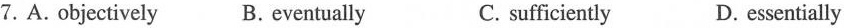
7. A. objectively B. eventually C.sufficiently D.essentially